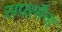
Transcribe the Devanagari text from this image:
सपरमैना